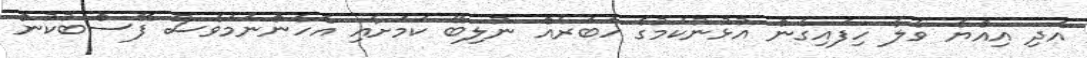
އަދި އިއްޔެ ވެލާ ހިފައިގެން އުޅުނުކަމުގެ ހަބަރެއް ނުލިބޭ ކަމަށާއި އެހެންނަމަވެސް ފޭސްބުކުން